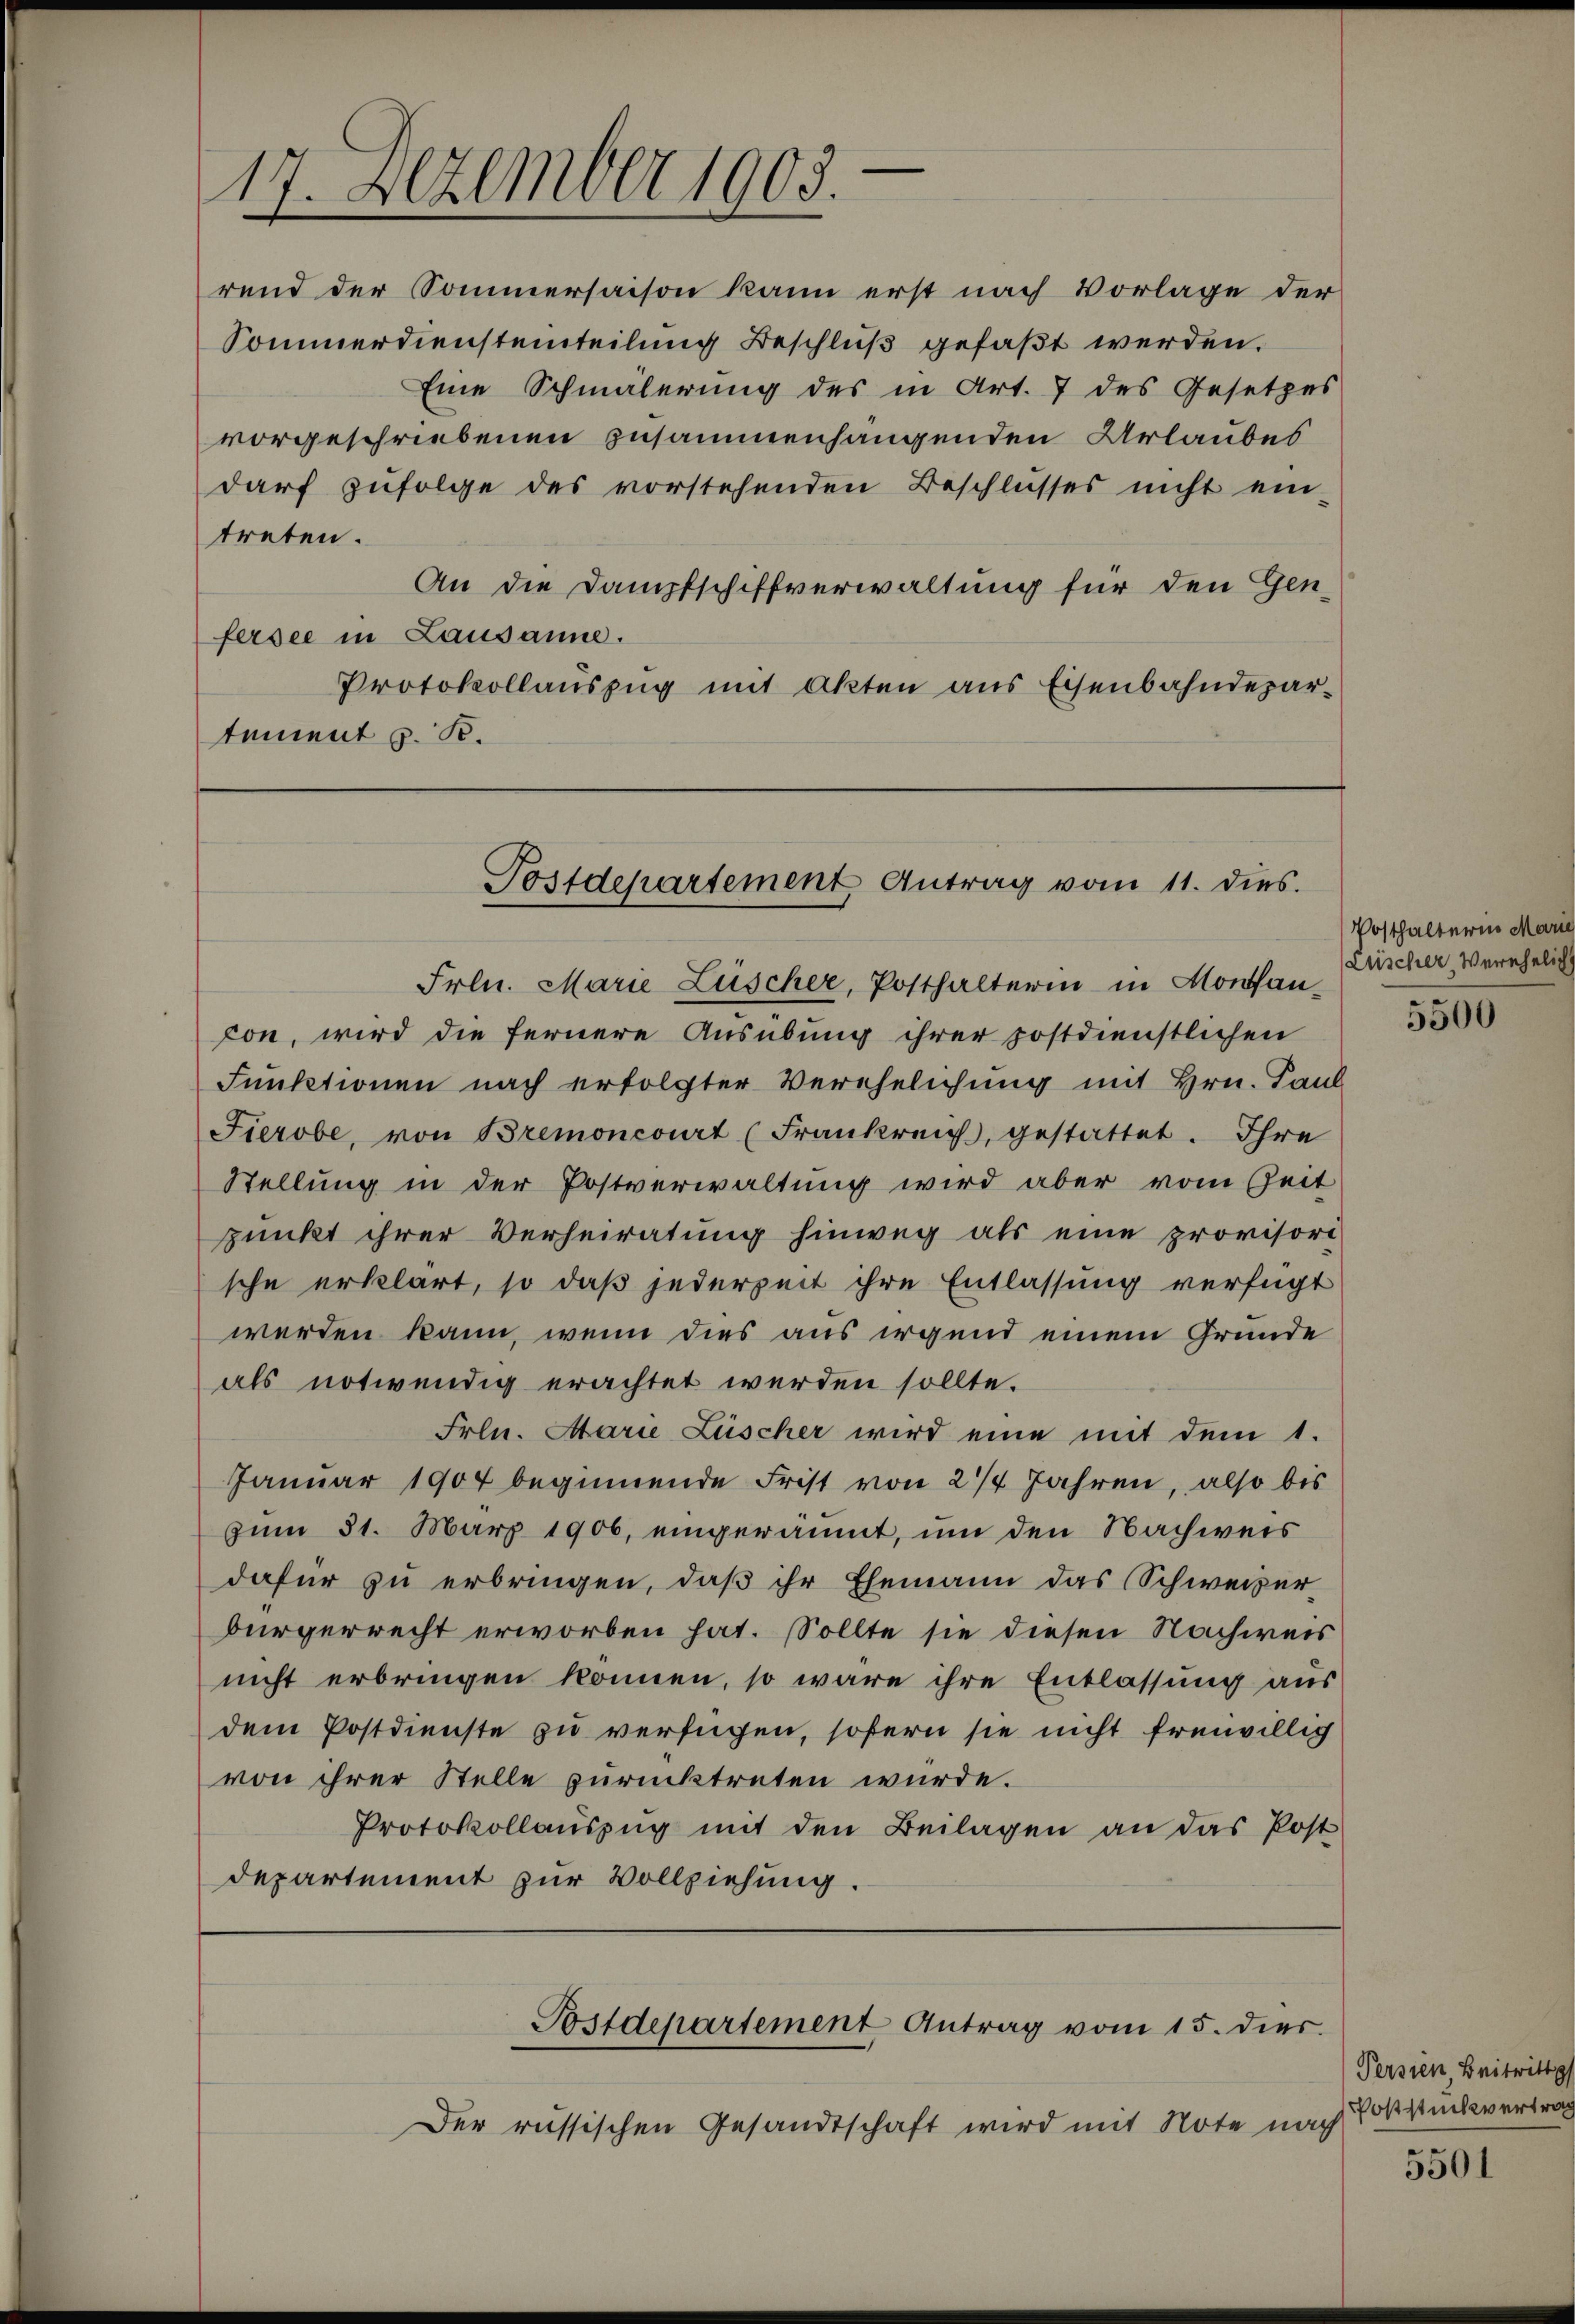
17. Dezember 1903.

rend der Sommersaison kann erst nach Vorlage der
Sommerdiensteinteilung Beschluß gefaßt werden.
Eine Schmälerung des in Art. 7 des Gesetzes
vorgeschriebenen zusammenhangenden Urlaubes
darf zufolge des vorstehenden Beschlusses nicht ein-
treten.
An die Dampfschiffverwaltung für den Gen-
fersee in Lausanne.
Protokollaŭszŭg mit Akten aus Eisenbahndepar-
tement z. B.

Postdepartement Antrag vom 11. dies.

Der russischen Gesandtschaft wird mit Note nach

Postdepartement Antrag vom 15. dies

Frln. Marie Lüscher, Posthalterin in Montancon, wird die fernere Ausübung ihrer postdienstlichen
Funktionen nach erfolgter Verehelichung mit Hrn. Paul
Fierobe, von Bremoncourt (Frankreich, gestattet. Ihre
Stellung in der Postverwaltung wird aber vom Zeit
punkt ihrer Verheiratung hinweg als eine provisorische erklärt, so daß jederzeit ihre Entlassung verfügt
werden kann, wenn dies aus irgend einem Grunde
als notwendig erachtet werden sollte.
Frln. Marie Lüscher wird eine mit dem 1.
Januar 1904 beginnende Frist von 2/4 Jahren, also bis
zum 31. März 1906, eingeräumt, um den Nachweis
dafür zu erbringen, daß ihr Ehemann das Schweizer
bürgerrecht erworben hat. Sollte sie diesen Nachweis
nicht erbringen können, so wäre ihre Entlassung aus
dem Postdienste zu verfügen, sofern sie nicht freiwillig
von ihrer Stelle zurücktreten würde.
Protokollauszug mit den Beilagen an das Post
departement zur Vollziehung.

Posthalterin
Luscher Verehel

5500

Persien Beitrittg
Poststückvertrag

5501